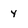
Character: Y